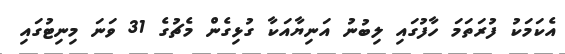
އެކަމަކު ފުރަތަމަ ހާފުގައި ލިބުނު އަނިޔާއަކާ ގުޅިގެން މެޗުގެ 31 ވަނަ މިނިޓުގައި